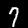
Label: 7